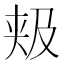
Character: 𱘴